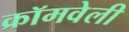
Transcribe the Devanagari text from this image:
क्रॉमवेली